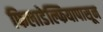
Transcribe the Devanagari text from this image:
फिलाडेल्फियापासून